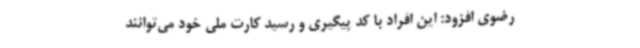
رضوی افزود: این افراد با کد پیگیری و رسید کارت ملی خود می‌توانند